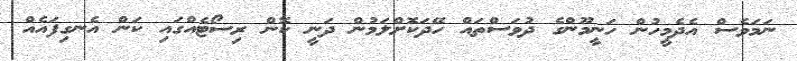
ނަމަވެސް އެދެމީހުން ހަނީމޫންގެ ދުވަސްތައް ހޭދަކޮށްލަމުން ދަނީ ކޮން ރިސޯޓެއްގައި ކަން އެނގިފައެއް